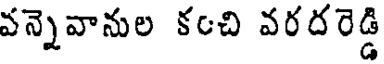
వన్నెవానుల కంచి వరదరెడ్డి